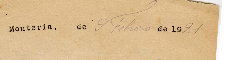
Monteria, de 9 Febrero de 1921